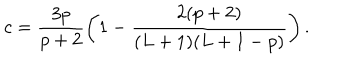
c = \frac { 3 p } { p + 2 } \left( 1 - \frac { 2 ( p + 2 ) } { ( L + 1 ) ( L + 1 - p ) } \right) .